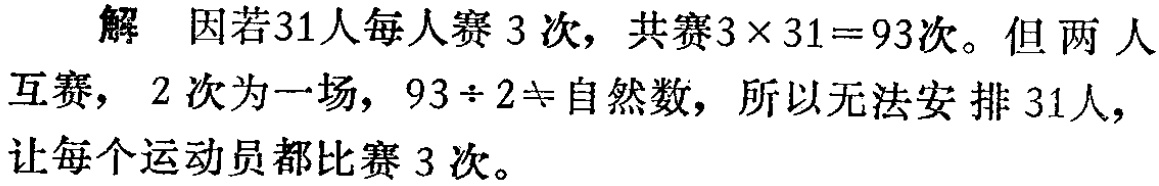
解 因若31人每人赛3次，共赛\(3\times31 = 93\)次。但两人互赛，2次为一场，\(93\div2\neq\)自然数，所以无法安排31人，让每个运动员都比赛3次。